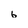
Character: 6